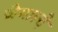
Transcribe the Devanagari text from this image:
जेमाल्दे